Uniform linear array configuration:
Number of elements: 16
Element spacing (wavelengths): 0.5
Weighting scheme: uniform
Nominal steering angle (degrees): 15
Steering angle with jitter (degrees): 13.822
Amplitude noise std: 0.05
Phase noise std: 0.05

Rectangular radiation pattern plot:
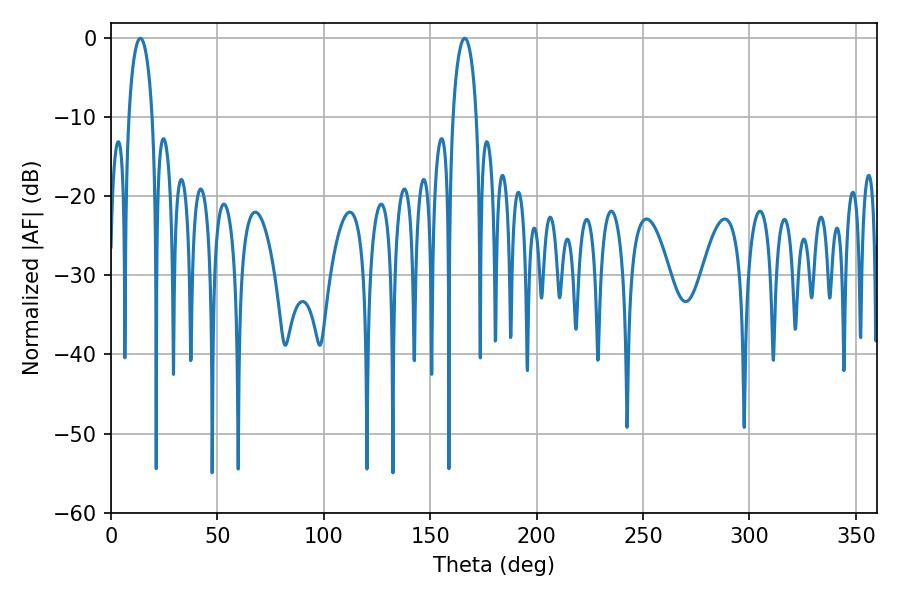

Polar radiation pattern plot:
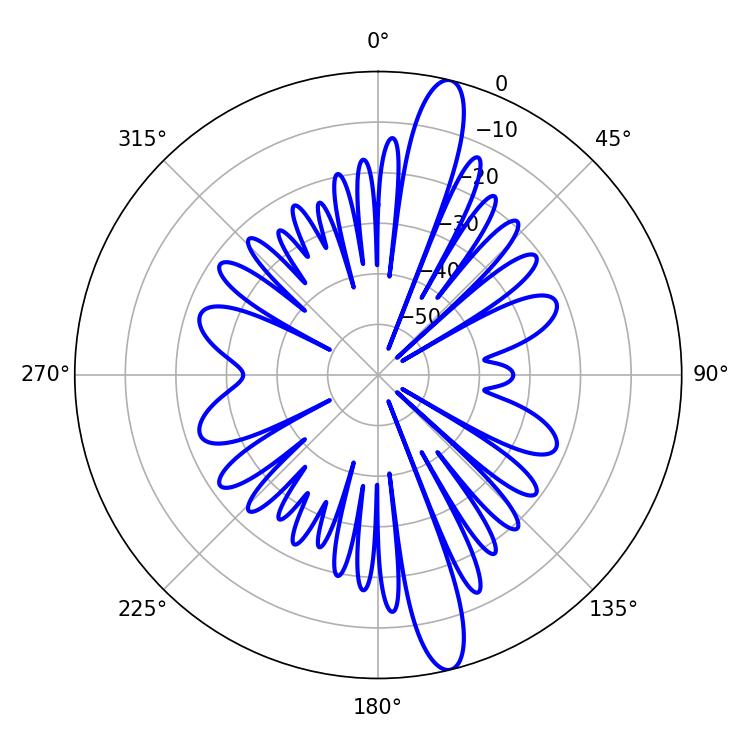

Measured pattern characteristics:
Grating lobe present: FALSE
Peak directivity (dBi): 15.248
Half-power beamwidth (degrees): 6.3
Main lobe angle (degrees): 13.86